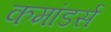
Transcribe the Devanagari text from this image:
कमांडर्स